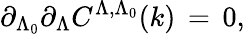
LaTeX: \partial_{\Lambda_{0}}\partial_{\Lambda}C^{\Lambda,\Lambda_{0}}(k)\, =\, 0,